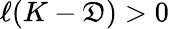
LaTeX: \ell(K-\mathfrak{D})>0